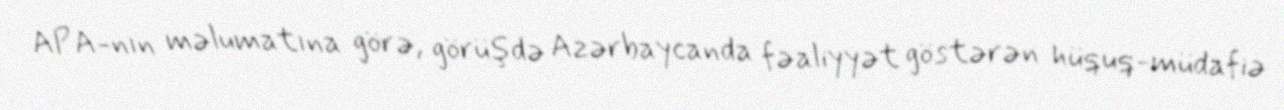
APA-nın məlumatına görə, görüşdə Azərbaycanda fəaliyyət göstərən hüquq-müdafiə